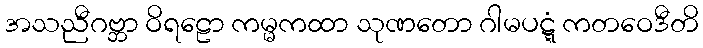
အသညီဂဗ္ဘာ ဝိရဠော ကမ္မကထာ သုဏတော ဂါမပဋ္ဋံ ကတဝေဒီတိ